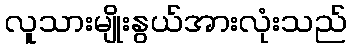
လူသားမျိုးနွယ်အားလုံးသည်